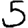
Digit: 5